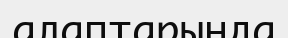
алаптарында